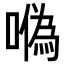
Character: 𠼮